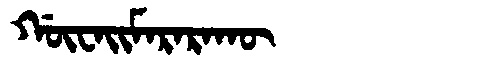
Manchu: ᡤᡡᠸᠠᡳᠮᠠᡵᠠᡵᠠᡴᡡ
Romanization: GŪWAIMARARAKŪ